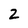
Character: Z